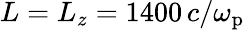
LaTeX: L=L_{z}=1400\, c/\omega_{\mathrm{p}}